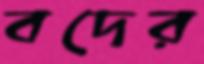
বদের